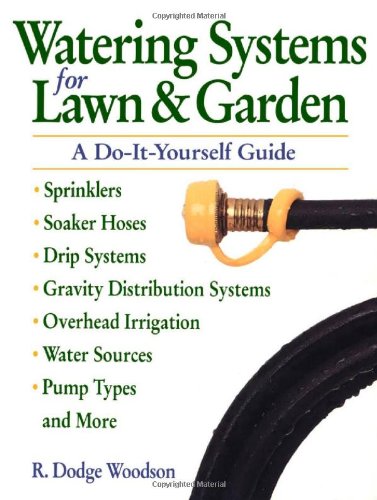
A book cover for Watering Systems for Lawn & Garden: A Do-It-Yourself Guide; R. Dodge Woodson; Crafts, Hobbies & Home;